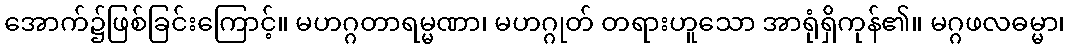
အောက်၌ဖြစ်ခြင်းကြောင့်။ မဟဂ္ဂတာရမ္မဏာ၊ မဟဂ္ဂုတ် တရားဟူသော အာရုံရှိကုန်၏။ မဂ္ဂဖလဓမ္မာ၊